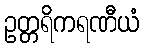
ဥတ္တရိကရဏီယံ